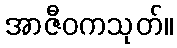
အာဇီဝကသုတ်။